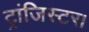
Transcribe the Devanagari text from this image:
ट्रांजिस्टर।